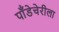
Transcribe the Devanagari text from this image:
पाँडेचेरीला